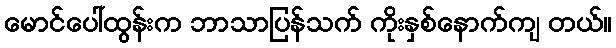
မောင်ပေါ်ထွန်းက ဘာသာပြန်သက် ကိုးနှစ်နောက်ကျ တယ်။